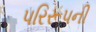
પરિરૂપની